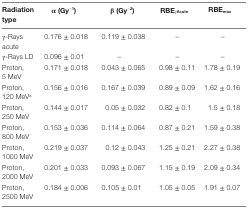
<table><thead><tr><td><b>Radiation type</b></td><td><b>α (Gy<sup>−1</sup>)</b></td><td><b>β (Gy<sup>−2</sup>)</b></td><td><b>RBE<sub>γAcute</sub></b></td><td><b>RBE<sub>max</sub></b></td></tr></thead><tbody><tr><td>γ-Rays acute</td><td>0.176 ± 0.018</td><td>0.119 ± 0.038</td><td>–</td><td>–</td></tr><tr><td>γ-Rays LD</td><td>0.096 ± 0.01</td><td>–</td><td>–</td><td>–</td></tr><tr><td>Proton, 5 MeV</td><td>0.171 ± 0.018</td><td>0.043 ± 0.065</td><td>0.98 ± 0.11</td><td>1.78 ± 0.19</td></tr><tr><td>Proton, 120 MeV<sup>a</sup></td><td>0.156 ± 0.016</td><td>0.167 ± 0.039</td><td>0.89 ± 0.09</td><td>1.62 ± 0.16</td></tr><tr><td>Proton, 250 MeV</td><td>0.144 ± 0.017</td><td>0.05 ± 0.032</td><td>0.82 ± 0.1</td><td>1.5 ± 0.18</td></tr><tr><td>Proton, 800 MeV</td><td>0.153 ± 0.036</td><td>0.114 ± 0.064</td><td>0.87 ± 0.21</td><td>1.59 ± 0.38</td></tr><tr><td>Proton, 1000 MeV</td><td>0.219 ± 0.037</td><td>0.12 ± 0.043</td><td>1.25 ± 0.21</td><td>2.27 ± 0.38</td></tr><tr><td>Proton, 2000 MeV</td><td>0.201 ± 0.033</td><td>0.093 ± 0.067</td><td>1.15 ± 0.19</td><td>2.09 ± 0.34</td></tr><tr><td>Proton, 2500 MeV</td><td>0.184 ± 0.006</td><td>0.105 ± 0.01</td><td>1.05 ± 0.05</td><td>1.91 ± 0.07</td></tr></tbody></table>